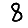
Digit: 8